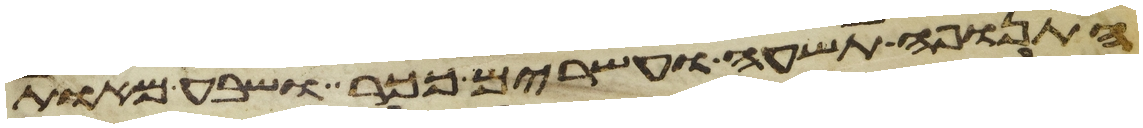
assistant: התנופה תשע ועשרים ככר ושבע מאות